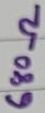
Text: 680Ω